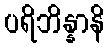
ပရိဘိန္နာနိ